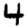
Digit: 4